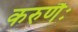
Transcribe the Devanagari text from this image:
करुणैः